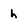
Character: h